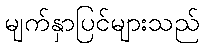
မျက်နှာပြင်များသည်